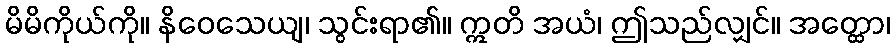
မိမိကိုယ်ကို။ နိဝေသေယျ၊ သွင်းရာ၏။ ဣတိ အယံ၊ ဤသည်လျှင်။ အတ္ထော၊